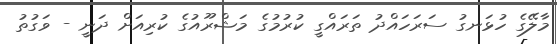
މާލޭގެ ހުޅަނގު ސަރަހައްދު ތަރައްގީ ކުރުމުގެ މަޝްރޫއުގެ ކުރިއަށް ދަނީ - ވަގުތު